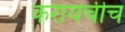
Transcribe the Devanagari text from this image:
करायचीच